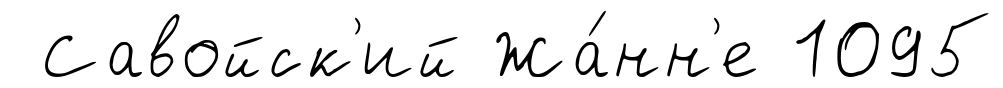
Савойск'ий Жа́нн'е 1095